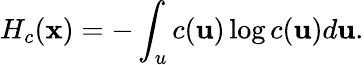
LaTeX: H_{c}(\mathbf{x})=-\int_{u}{c(\mathbf{u})\log c(\mathbf{u})d\mathbf{u}}.